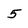
Character: 5